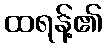
ထရန့်၏